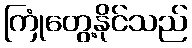
ကြုံတွေ့နိုင်သည်